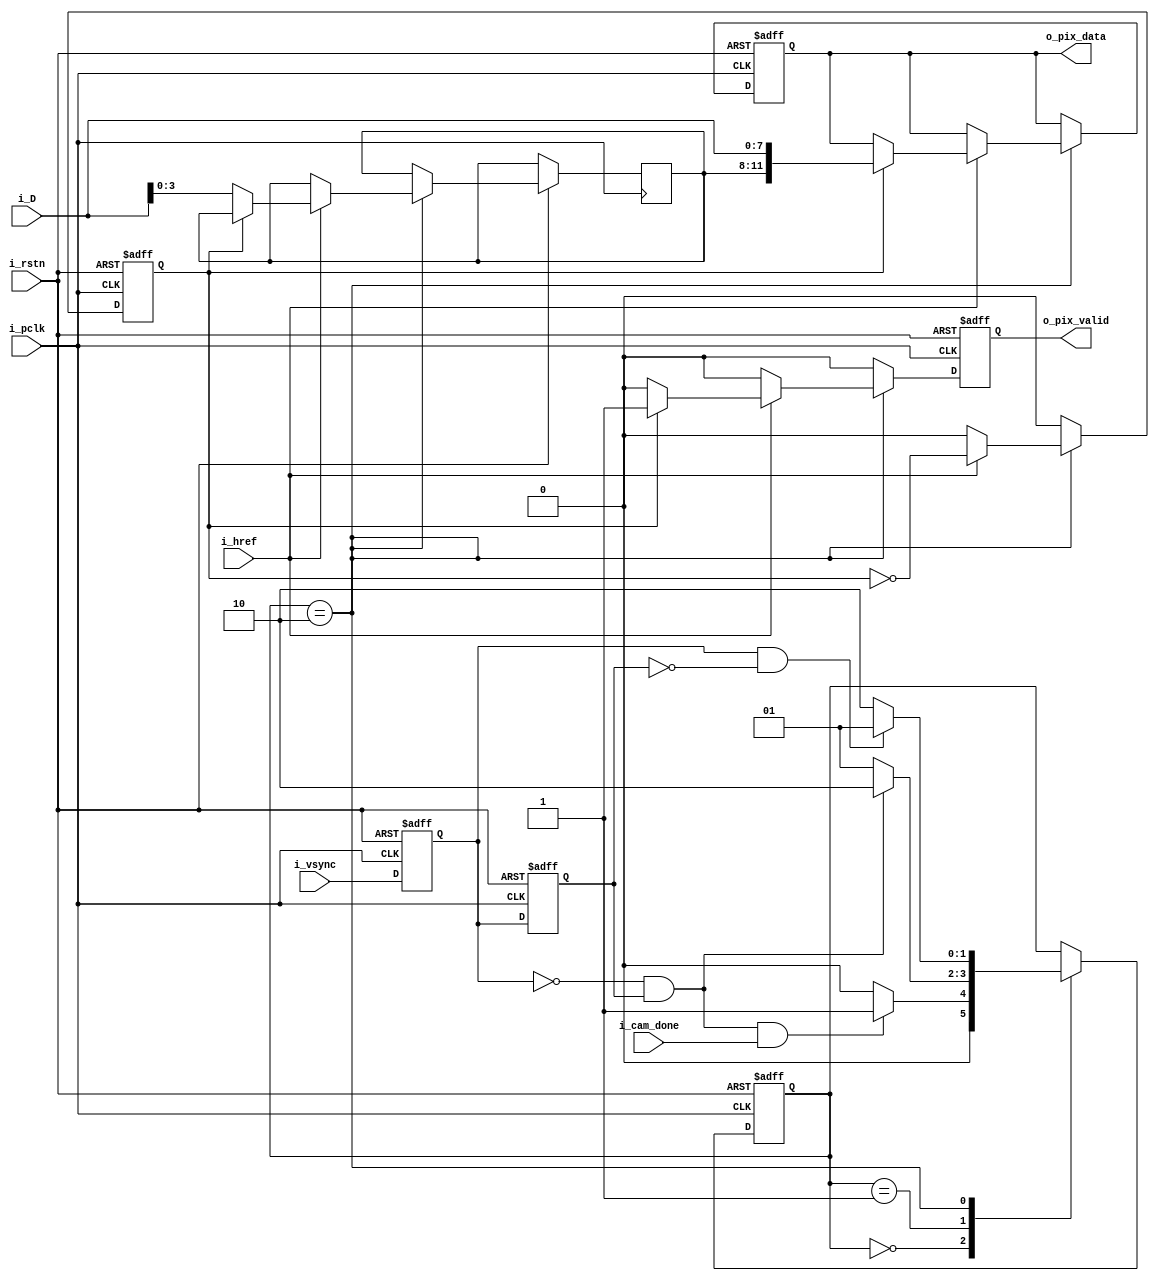
`timescale 1ns / 1ps
`default_nettype none

/* 
 *  Polls for when FPGA is done initializing OV7670 and skips first
 *  two VGA frames to allow for the register changes to settle; 
 *  outputs pixel data after 1st byte is registered and 2nd byte is at the 
 *  input; increments pixel address on the same cycle new pixel data is sent
 *
 *
 *   NOTE: 
 *   - For RGB444, format of pixel data 
 *      1st byte: {   X,    X,    X,    X, R[3], R[2], R[1], R[0]}
 *      2nd byte: {G[3], G[2], G[1], G[0], B[3], B[2], B[1], B[0]
 *   
 *   - Format of output pixel data:
 *      o_pix_data = {RRRR GGGG BBBB};
 *
 */

module cam_capture
    (   input wire         i_pclk,
        input wire         i_rstn,
        input wire         i_vsync,
        input wire         i_href,    
        input wire  [7:0]  i_D,
        input wire         i_cam_done,
        output reg  [11:0] o_pix_data,      
        output reg         o_pix_valid                   
    );
       
    // Negative/Positive Edge Detection of vsync for frame start/frame done signal
    reg         r1_vsync,    r2_vsync; 
    wire        frame_start, frame_done;
    
    initial { r1_vsync, r2_vsync } = 0; 
    always @(posedge i_pclk or negedge i_rstn)
    if(!i_rstn) {r2_vsync, r1_vsync} <= 2'b00;
    else        {r2_vsync, r1_vsync} <= {r1_vsync, i_vsync}; 
  
    assign frame_start = (r1_vsync == 0) && (r2_vsync == 1);    // Negative Edge of vsync
    assign frame_done  = (r1_vsync == 1) && (r2_vsync == 0);    // Positive Edge of vsync
     
    // FSM for capturing pixel data in pclk domain
    localparam [1:0] WAIT   = 2'd0,
                     IDLE   = 2'd1,
                     CAPTURE = 2'd2;
    
    reg        r_half_data;             
    reg [1:0]  SM_state;
    reg [3:0]  pixel_data;
                                                                         
    always @(posedge i_pclk or negedge i_rstn)
    if(!i_rstn) 
    begin
        SM_state    <= WAIT;
        o_pix_valid <= 0;
        o_pix_data  <= 0; 
        r_half_data <= 0; 
    end    
    else
        begin
        
            r_half_data <= 0; 
            o_pix_valid <= 0;

            case(SM_state)
                WAIT: 
                    begin
                        // Skip the first two frames on start-up
                        SM_state   <= (frame_start && i_cam_done) ? IDLE : WAIT;
                    end
                IDLE:        
                    begin
                        SM_state   <= (frame_start) ? CAPTURE : IDLE;
                    end
                CAPTURE:
                    begin
                        SM_state   <= (frame_done) ? IDLE : CAPTURE;
                        
                        if(i_href)
                            begin 
                                 // Register first byte
                                 if(!r_half_data)   
                                    pixel_data <= i_D[3:0];      
                                 r_half_data    <= ~r_half_data;                       
                                 o_pix_valid    <= (r_half_data) ? 1'b1 : 1'b0;
                                 o_pix_data     <= (r_half_data) ? {pixel_data, i_D} : o_pix_data; 
                            end 
                    end  
            endcase
        end
             
endmodule